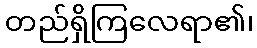
တည်ရှိကြလေရာ၏၊